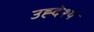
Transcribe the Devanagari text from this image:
उह्देश्य